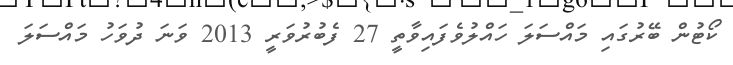
ކޯޓުން ބޭރުގައި މައްސަލަ ހައްލުވެފައިވާތީ 27 ފެބުރުވަރީ 2013 ވަނަ ދުވަހު މައްސަލަ